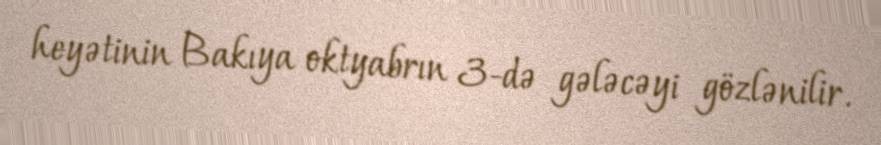
heyətinin Bakıya oktyabrın 3-də gələcəyi gözlənilir.